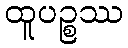
ထူပဉ္စဿ